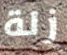
زلة